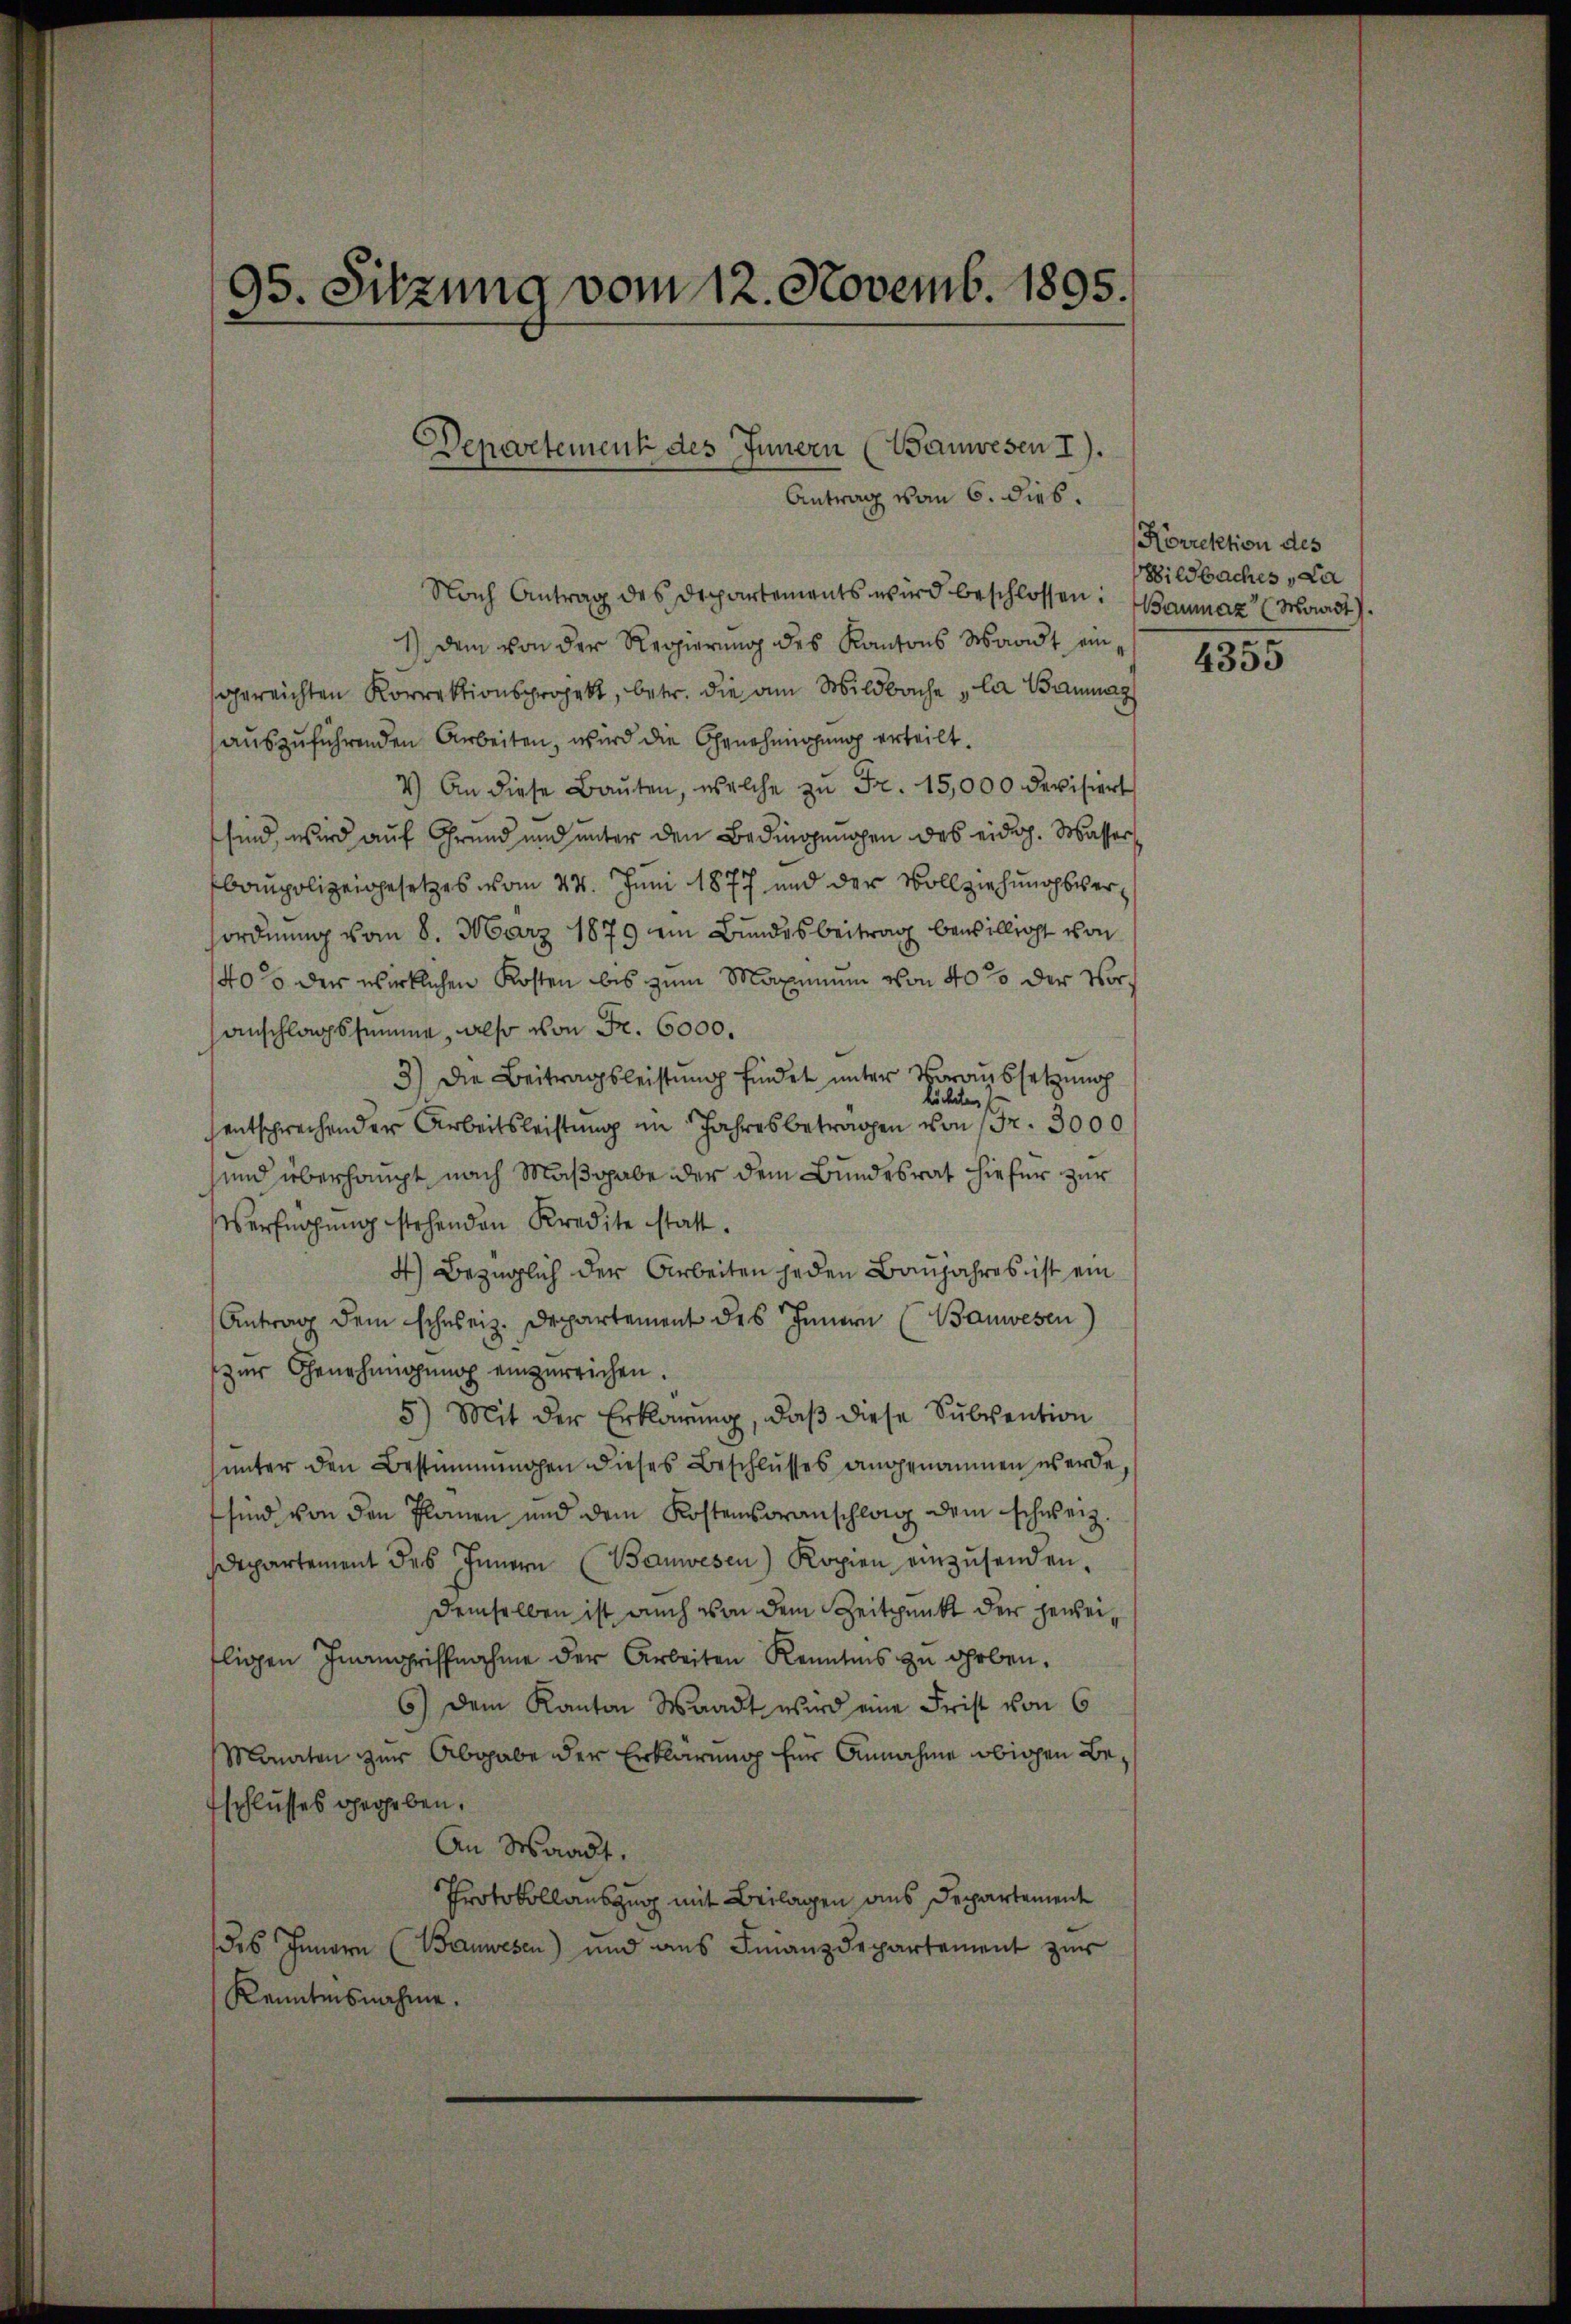
95. Sitzung vom 12. Novemb. 1895.

Departement des Innern (Wanwesen I).
Antrag vom 6. dies.

Nach Antrag des Departements wird beschlossen: Baumaz (Moast).
1) dem von der Regierung des Kantons Waadt eingereichten Korrektionsprojekt, betr. die am Wildbache „la Baumags
auszuführenden Arbeiten, wird die Genehmigung erteilt.
4.) An diese Baŭten, welche zŭ Fr. 15,000 devisiert
sind, wird auf Grund und unter den Bedingungen des eidg. Wasser
baupolizeigesetzes vom 24. Juni 1877 und der Vollziehungsverordnung vom 8. März 1879 ein Bundesbeitrag bewilligt von
40% der wirklichen Kosten bis zum Maximum von 40% der Voranschlagssumme, also von Fr. 6000.
3) Die Beitragsleistung findet unter Voraussetzung
höchsten
entsprechender Arbeitsleistung im Jahres betragen von 1 Fr. 3000
sund überhaupt nach Maßgabe der dem Bundesrat hiefür zur
Verfügung stehenden Kredite statt.
4) Bezüglich der Arbeiten jeden Banjahres ist ein
Antrag dem schweiz. Departement des Innern (Bauwesen
zur Genehmigung einzureichen.
5) Mit der Erklärung, daß diese Subvention
ŭnter den Bestimmungen dieses Beschlŭsses angenommen werde,
sind von den Planen und dem Kostenvoranschlag dem schweiz.
departement des Innern (Banwesen) Kopien einzŭsenden.
demselben ist auch von dem Zeitpunkt der geweilichen Inangriffnahme der Arbeiten Kenntnis zu geben.
6.) Dem Kanton Waadt wird eine Frist von 6
Monaten zur Abgabe der Erklärung für Annahme obigen Beschlusses gegeben.
An Waadt.
Protokollauszug mit Beilagen aus Departement
des Innern (Bauwesen) und aus Finanzdepartement zur
Kenntnisnahme.

Korrektion des
ildbaches La

4355